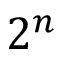
2 ^ { n }